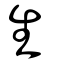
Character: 生